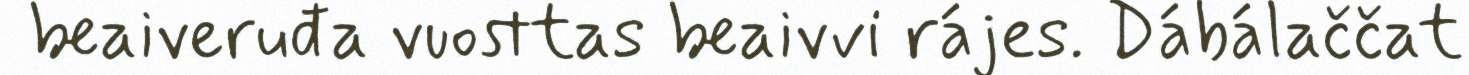
beaiveruđa vuosttas beaivvi rájes. Dábálaččat